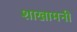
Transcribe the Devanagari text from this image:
शाखामनी